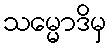
သမ္မောဒိမှ